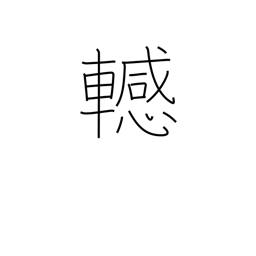
Meaning: difficulty